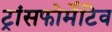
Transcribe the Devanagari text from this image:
ट्रांसफोर्मेटिव